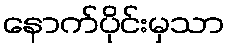
နောက်ပိုင်းမှသာ